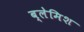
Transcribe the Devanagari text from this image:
ब्लेमिश